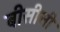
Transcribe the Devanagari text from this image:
बीसीसी